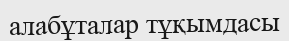
алабұталар тұқымдасы